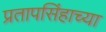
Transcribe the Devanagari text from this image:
प्रतापसिंहाच्या